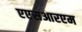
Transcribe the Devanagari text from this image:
एएसआरएम